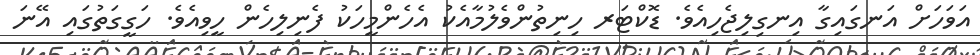
އަވަހަށް އަނގައިގާ އިނގިލިޖެހިއެވެ. ޑޮކްޓަރ ހިނިތުންވެލުމާއެކު އެހެންމީހަކު ފެނިލިހެން ހީވިއެވެ. ހަގީގަތުގައި އޭނަ